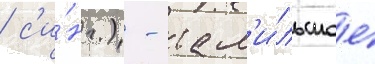
/ с'и́нг.) - там'и́льское